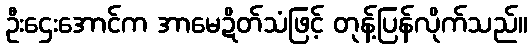
ဦးဌေးအောင်က အာမေဍိတ်သံဖြင့် တုန့်ပြန်လိုက်သည်။